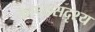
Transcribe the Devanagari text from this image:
कापडसदृश्य